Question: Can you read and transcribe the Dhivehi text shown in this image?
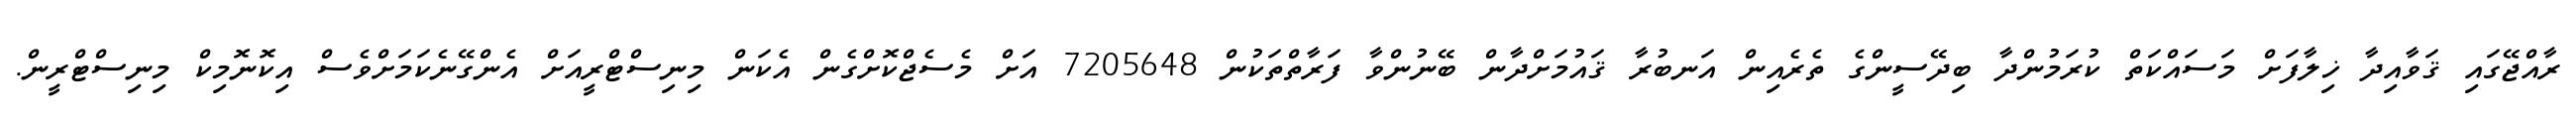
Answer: ރާއްޖޭގައި ޤަވާއިދާ ޚިލާފަށް މަސައްކަތް ކުރަމުންދާ ބިދޭސީންގެ ތެރެއިން އަނބުރާ ޤައުމަށްދާން ބޭނުންވާ ފަރާތްތަކުން 7205648 އަށް މެސެޖްކޮށްގެން އެކަން މިނިސްޓްރީއަށް އެންގޭނެކަމަށްވެސް އިކޮނޮމިކް މިނިސްޓްރީން.